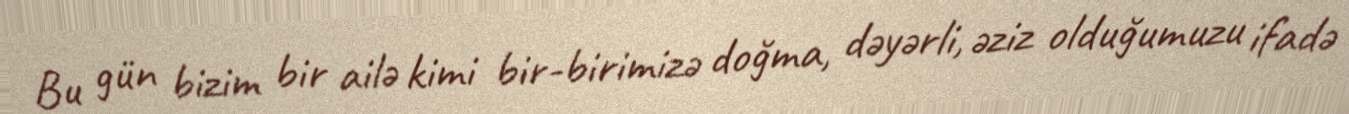
Bu gün bizim bir ailə kimi bir-birimizə doğma, dəyərli, əziz olduğumuzu ifadə